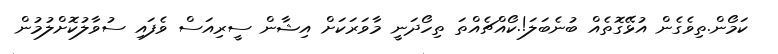
ކަމޯން.ތިވެގެން އުޅޭގޮތެއް ބުނެބަލަ!.ކޯއްޗެއްތަ ތިހޯދަނީ މާވަރަކަށް އިޝާން ސީރިއަސް ވެފައި ސުވާލުކޮށްލުމުން